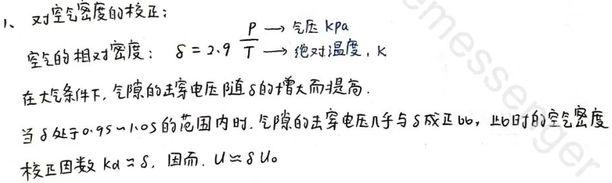
1. 对空气密度的校正：
   - 空气的相对密度：\(\delta = 2.9\frac{p}{T}\)，其中 \(p\) 为气压，单位 \(kPa\)；\(T\) 为绝对温度，单位 \(K\)。
   - 在大气条件下，气隙的击穿电压随 \(\delta\) 的增大而提高。
   - 当 \(\delta\) 处于 \(0.95\sim1.05\) 的范围内时，气隙的击穿电压几乎与 \(\delta\) 成正比，此时的空气密度校正因数 \(k_d=\delta\)。因而，\(U = \delta U_0\)。